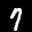
Label: 7